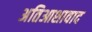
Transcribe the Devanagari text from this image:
अतिआशावाद